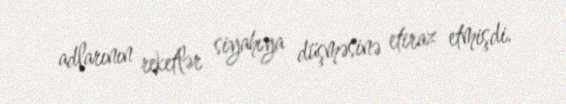
adlarının reketlər siyahıya düşməsinə etiraz etmişdi.